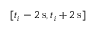
[ t _ { i } - 2 \, \mathrm s , t _ { i } + 2 \, \mathrm s ]